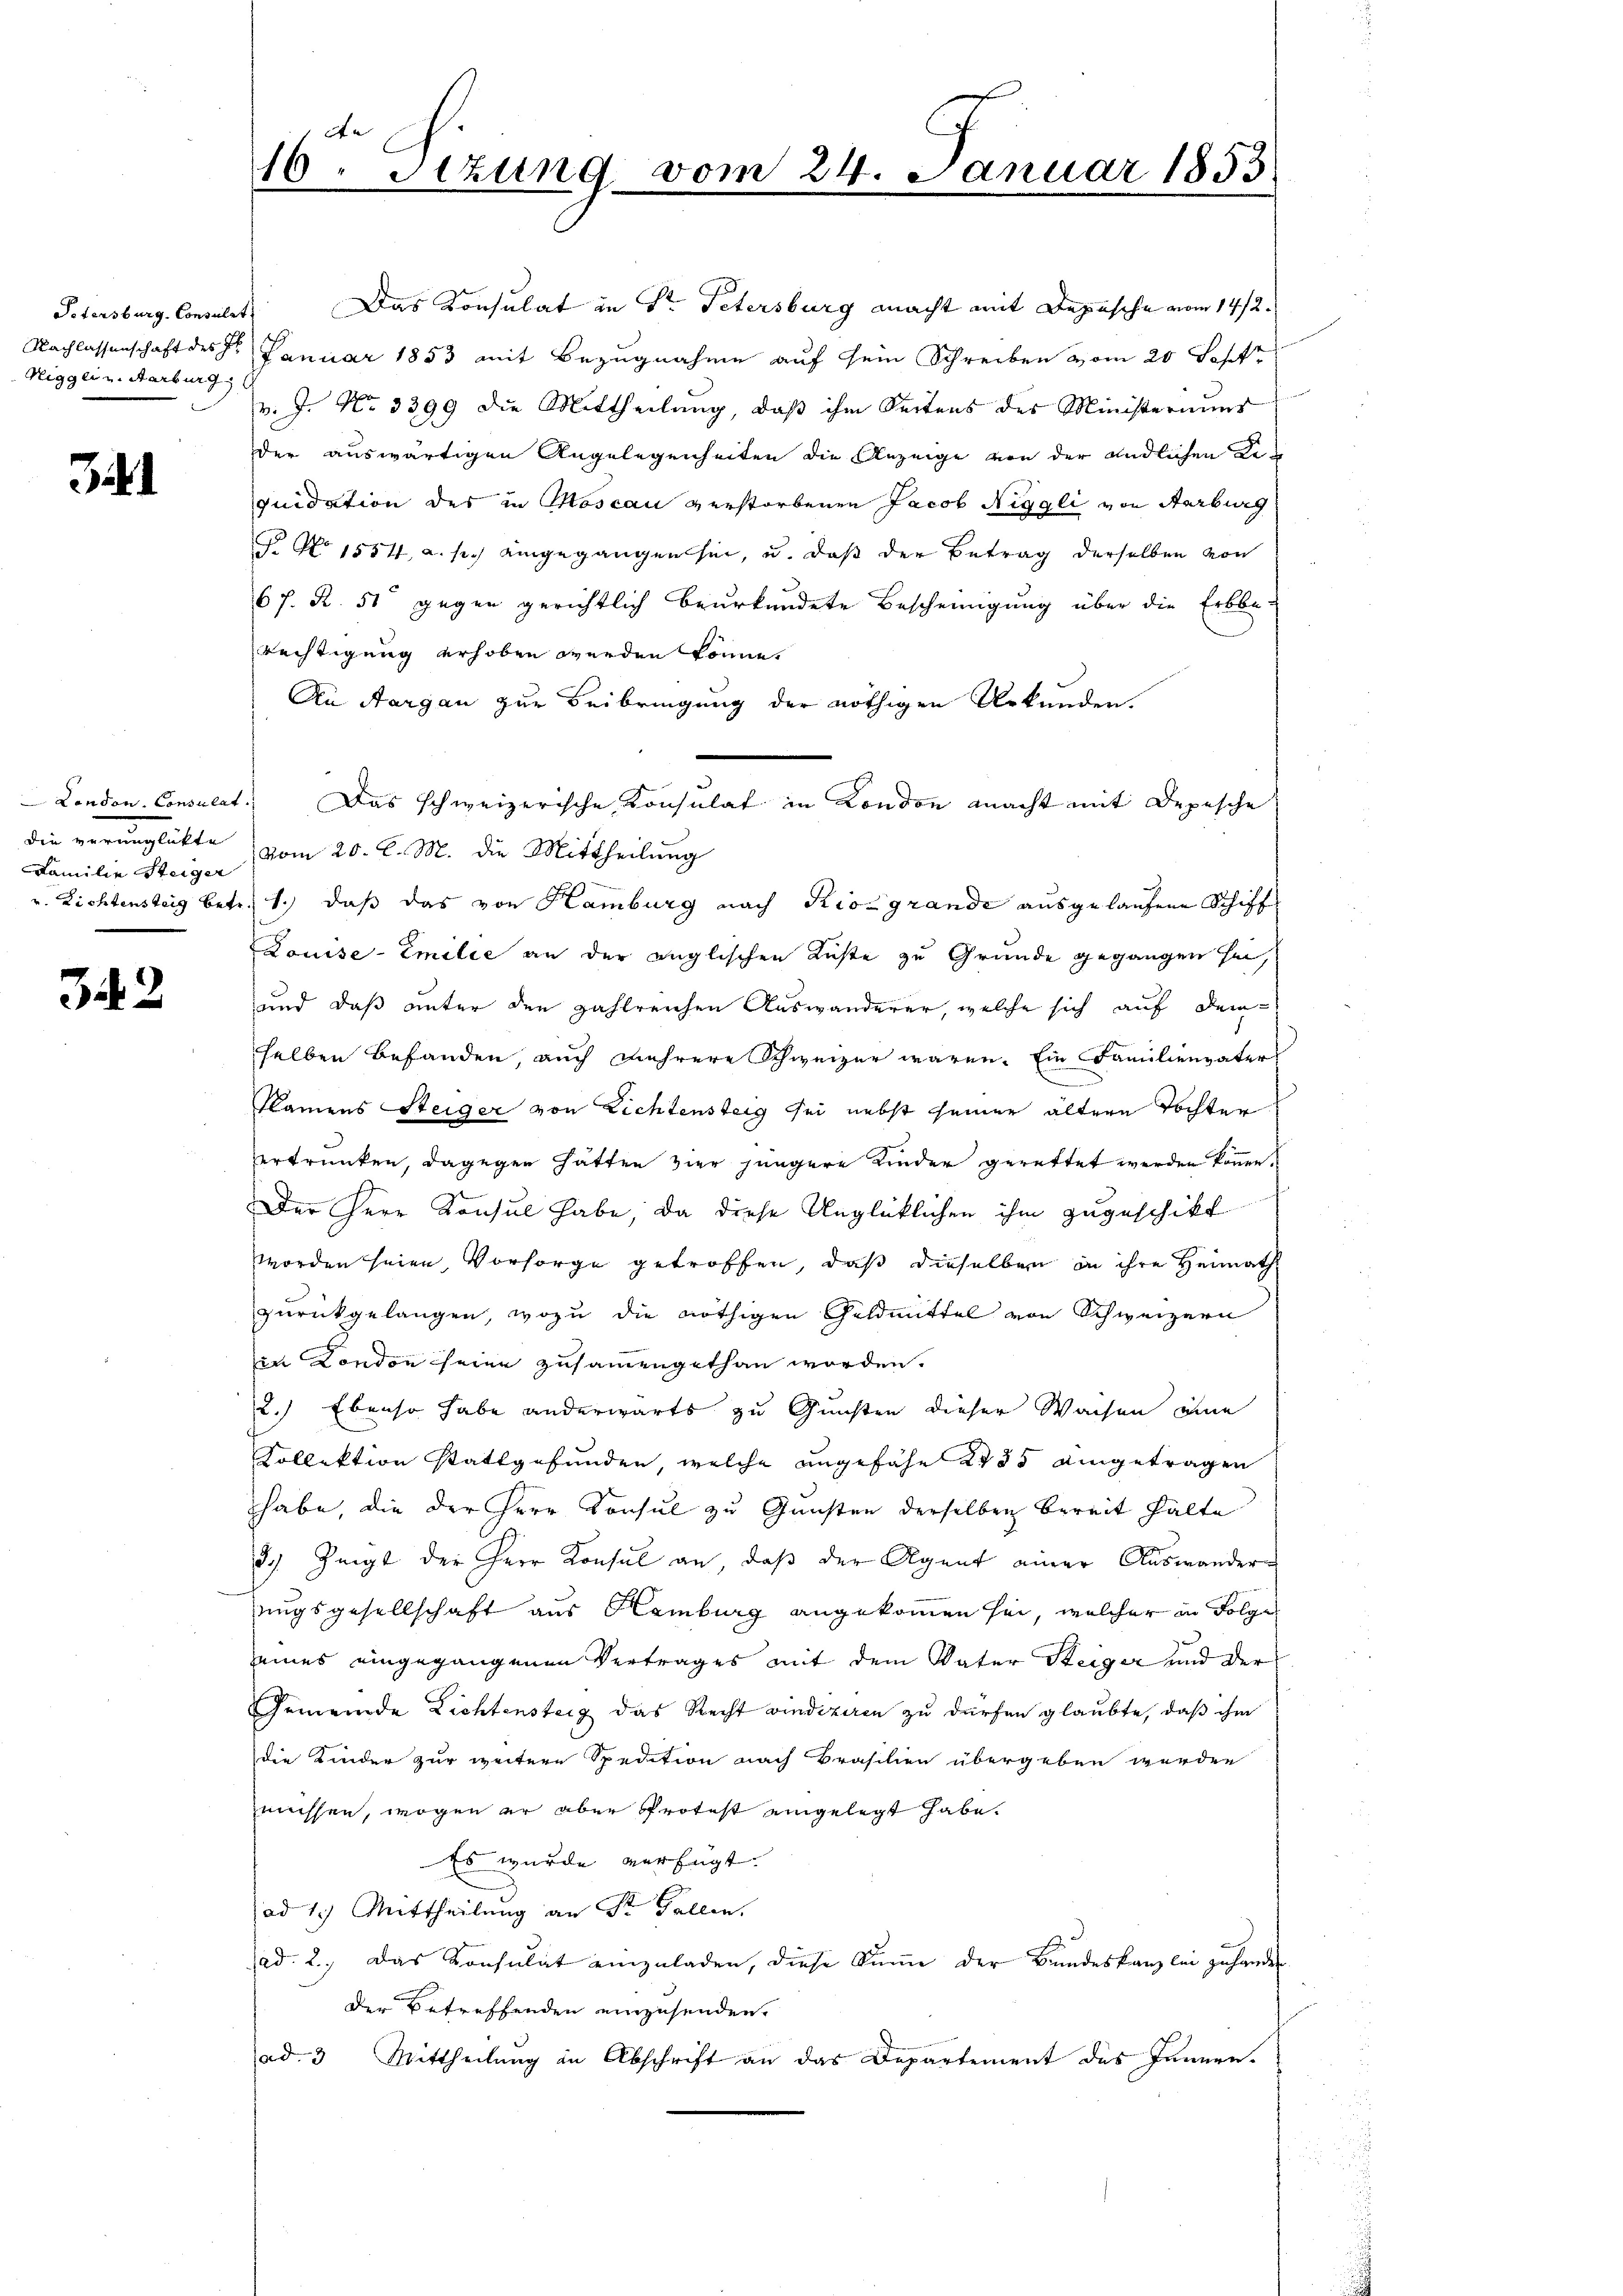
Petersburg, Consulat
Niggei u. Aarburg

Familie Steiger

342

Das Konsulat in Dr. Petersburg macht mit Depesche vom 14/2.
Nachlassenschaft des 8. Januar 1853 mit Bezugnahme auf sein Schreiben vom 20 Toff
v. J. No 3399 die Mittheilung, daß ihm Seitens des Ministeriums
der auswärtigen Angelegenheiten die Anzeige von der endlichen Requidation des in Moscau verstorbenen Jacob Niggli von Aarburg
 No 1554, a. s. eingegangen sei, u. daß der Betrag derselben von
67. R. 51 gegen gerichtlich beurkundete Bescheinigung über die Erbbe-
Rechtigung erhoben werden könne.
An Aargau zur Beibringung der nöthigen Urkunden.
London. Consulat. Das schweizerische Konsulat in London macht mit Depesche
die verunglükte vom 20. d. M. die Mittheilung
v. Lichtensteig betr. 1.) daß das von Hamburg nach Rioe grande ausgelaufene Schiff
Douise-Emilie an der englischen Küste zu Grunde gegangen sei,
und daß unter den zahlreichen Auswanderer, welche sich auf dem-
selben befanden, auch mehrere Schweizer waren. Ein Familienvater
Flamens Steiger von Lichtensteig sei nebst seiner ältern Tochten
ertrunken, dagegen hätten vier jüngere Kinder gerettet werden können.
Der Herr Konsul habe, da diese Unglücklichen ihm zugeschikt
worden seien, Vorsorge getroffen, daß dieselben in ihre Heimath
zurückgelangen, wozu die nöthigen Geldmittel von Schweizern
in London seine zusammengethan worden.
2.) Ebenso habe anderwärts zu Gunsten dieser Wachen eine
Collektion stattgefunden, welche angefähr 235 eingetragen
habe, die der Herr Konsul zu Gunsten derselben bereit halte
3. Zeigt der Herr Konsul an, daß der Agent einer Auswander
uugsgesellschaft aus Hamburg angekommen sei, welcher in Folge
eines eingegangenen Vertrages mit dem Vater Steiger und der
Gemeinde Lichtensteig das Recht vindiziren zu dürfen glaubte, daß ihm
die Kinder zur weitere Spedition nach Brasilien übergeben werden
müssen, wogen er aber Protest eingelegt habe.
Es wurde verfügt:
ad 1.) Mittheilung an Sr. Gallen.
ad. 2., Das Konsulat einzuladen, diese Sume der Bundeskanzlei zu handen
der Betreffenden einzusenden.
ad. 3 Mittheilung in Abschrift an das Departement des Innern.

16ten Sizung vom 24. Januar 1853